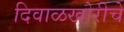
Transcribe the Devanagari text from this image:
दिवाळखोरीचे